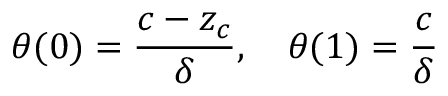
\theta ( 0 ) = \frac { c - z _ { c } } { \delta } , \quad \theta ( 1 ) = \frac { c } { \delta }